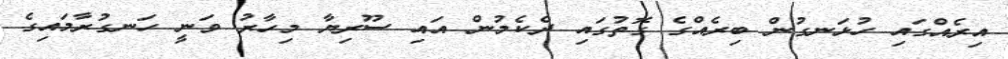
އިރެއްގައި ހުޅަނގުން ބިރެއްގެ ގޮތުގައި ދެކެމުން އައި ސޫރިޔާ މިހާރު ވަނީ ހަނގުރާމައިގެ